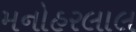
મનોહરલાલ